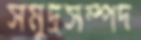
সমুদ্রসম্পদ